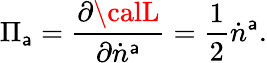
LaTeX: \Pi_{\mathsf{a}}=\frac{{\partial{\calL}}}{{\partial\dot{{n}}^{\mathsf{a}}}}=\frac{{1}}{{2}}\dot{{n}}^{\mathsf{a}}.